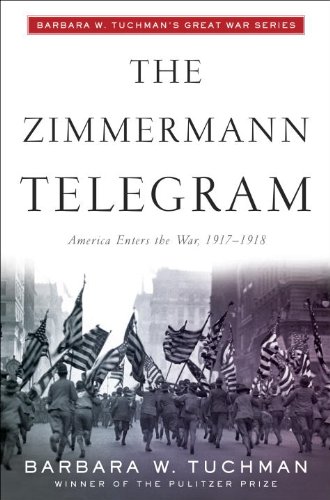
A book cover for The Zimmermann Telegram; Barbara W. Tuchman; History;